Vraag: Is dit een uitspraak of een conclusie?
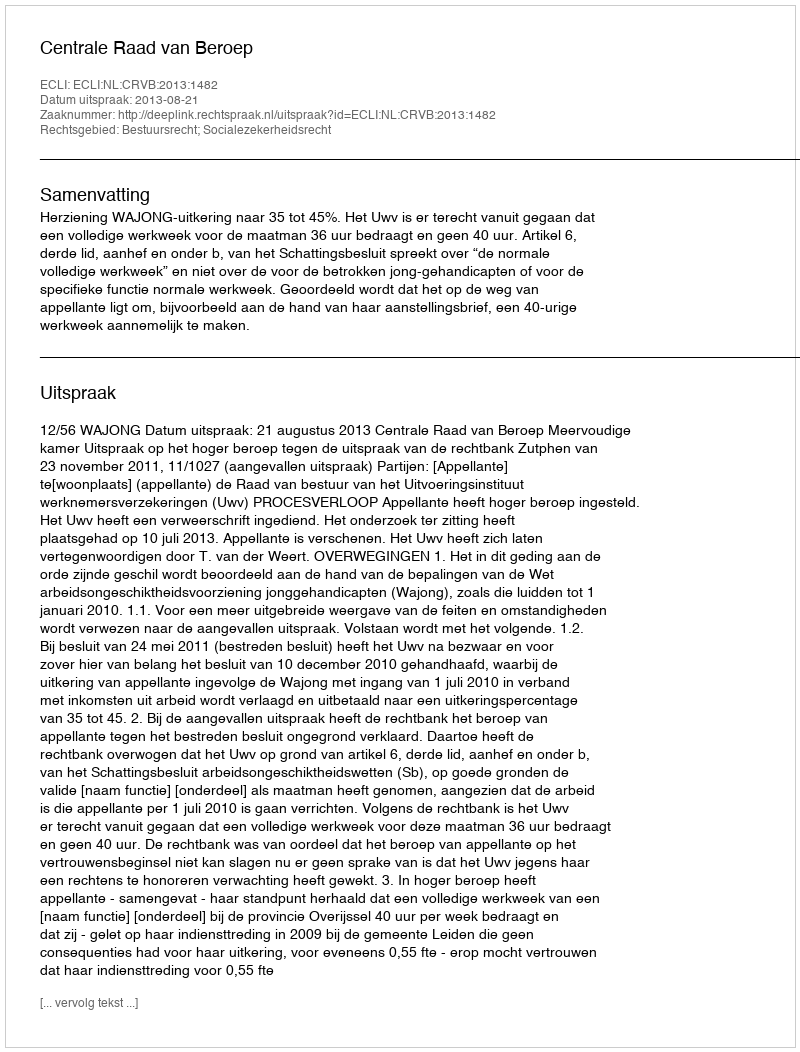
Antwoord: Uitspraak